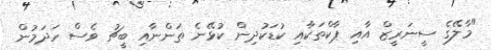
"މާލޭގެ ސީނަރީޒް އާއި ޕާކްތަކާއި ކުޑަކުދިން ކުޅޭނެ ތަންނާއި ބީޗު ވެސް ހަދަމުން